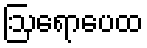
ဩရောပေထ